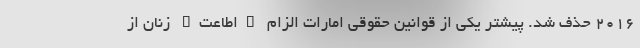
2016 حذف شد. پیشتر یکی از قوانین حقوقی امارات الزام "اطاعت" زنان از